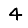
Digit: 4